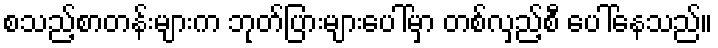
စသည့်စာတန်းများက ဘုတ်ပြားများပေါ်မှာ တစ်လှည့်စီ ပေါ်နေသည်။